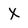
Character: X